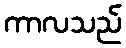
ကာလသည်